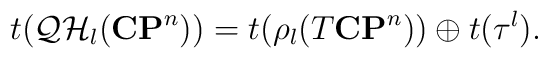
t({\cal QH}_l({\bf CP}^n))=t(\rho_l(T{\bf CP}^n))\oplus t({\tau^l}).